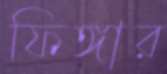
ফিঙ্গার